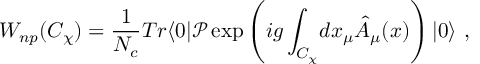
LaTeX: W _ { n p } ( C _ { \chi } ) = { \frac { 1 } { N _ { c } } } T r \langle 0 | \mathcal { P } \exp \left( i g \int _ { C _ { \chi } } \! d x _ { \mu } \hat { A } _ { \mu } ( x ) \right) | 0 \rangle \ ,